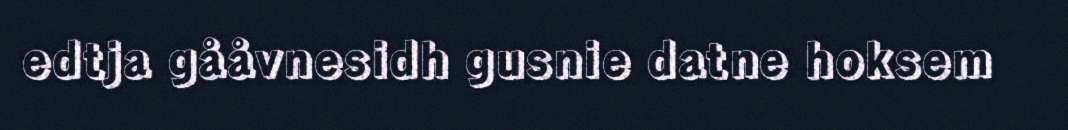
edtja gååvnesidh gusnie datne hoksem